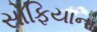
સોફિયાના